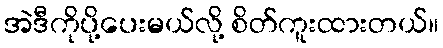
အဲဒီကိုပို့ပေးမယ်လို့ စိတ်ကူးထားတယ်။